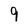
Character: 9